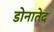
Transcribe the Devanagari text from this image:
डोनातेद